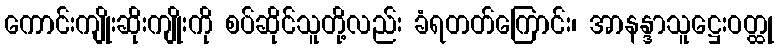
ကောင်းကျိုးဆိုးကျိုးကို စပ်ဆိုင်သူတို့လည်း ခံရတတ်ကြောင်း၊ အာနန္ဒာသူဋ္ဌေးဝတ္ထု